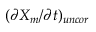
( \partial X _ { m } / \partial t ) _ { u n c o r }